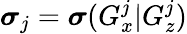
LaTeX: \boldsymbol{\sigma}_{j}=\boldsymbol{\sigma}(G_{x}^{j}|G_{z}^{j})